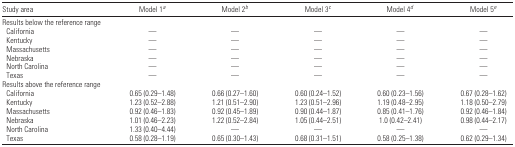
<table><thead><tr><td><b>Study area</b></td><td><b>Model 1a</b></td><td><b>Model 2b</b></td><td><b>Model 3c</b></td><td><b>Model 4d</b></td><td><b>Model 5e</b></td></tr></thead><tbody><tr><td colspan="6">Results below the reference range</td></tr><tr><td> California</td><td>—</td><td>—</td><td>—</td><td>—</td><td>—</td></tr><tr><td> Kentucky</td><td>—</td><td>—</td><td>—</td><td>—</td><td>—</td></tr><tr><td> Massachusetts</td><td>—</td><td>—</td><td>—</td><td>—</td><td>—</td></tr><tr><td> Nebraska</td><td>—</td><td>—</td><td>—</td><td>—</td><td>—</td></tr><tr><td> North Carolina</td><td>—</td><td>—</td><td>—</td><td>—</td><td>—</td></tr><tr><td> Texas</td><td>—</td><td>—</td><td>—</td><td>—</td><td>—</td></tr><tr><td colspan="6">Results above the reference range</td></tr><tr><td> California</td><td>0.65 (0.29–1.48)</td><td>0.66 (0.27–1.60)</td><td>0.60 (0.24–1.52)</td><td>0.60 (0.23–1.56)</td><td>0.67 (0.28–1.62)</td></tr><tr><td> Kentucky</td><td>1.23 (0.52–2.88)</td><td>1.21 (0.51–2.90)</td><td>1.23 (0.51–2.96)</td><td>1.19 (0.48–2.95)</td><td>1.18 (0.50–2.79)</td></tr><tr><td> Massachusetts</td><td>0.92 (0.46–1.83)</td><td>0.92 (0.45–1.89)</td><td>0.90 (0.44–1.87)</td><td>0.85 (0.41–1.76)</td><td>0.92 (0.46–1.84)</td></tr><tr><td> Nebraska</td><td>1.01 (0.46–2.23)</td><td>1.22 (0.52–2.84)</td><td>1.05 (0.44–2.51)</td><td>1.0 (0.42–2.41)</td><td>0.98 (0.44–2.17)</td></tr><tr><td> North Carolina</td><td>1.33 (0.40–4.44)</td><td>—</td><td>—</td><td>—</td><td>—</td></tr><tr><td> Texas</td><td>0.58 (0.28–1.19)</td><td>0.65 (0.30–1.43)</td><td>0.68 (0.31–1.51)</td><td>0.58 (0.25–1.38)</td><td>0.62 (0.29–1.34)</td></tr></tbody></table>